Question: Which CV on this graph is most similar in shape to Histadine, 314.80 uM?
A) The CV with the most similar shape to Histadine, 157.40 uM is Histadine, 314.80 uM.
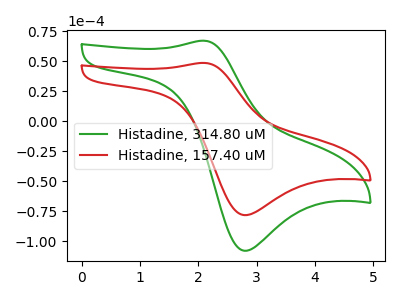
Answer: <think>The green curve "Histadine, 314.80 uM" has an anodic peak at (2.10V, 67.25uA) and a cathodic peak at (2.80V, -108.00uA). The red curve "Histadine, 157.40 uM" has an anodic peak at (2.10V, 48.75uA) and a cathodic peak at (2.80V, -78.25uA).
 All the peaks in "Histadine, 314.80 uM" have a peak in "Histadine, 157.40 uM" at the same potential. Every peak in "Histadine, 314.80 uM" is higher than every peak in "Histadine, 157.40 uM".</think>
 <answer>A) The CV with the most similar shape to "Histadine, 157.40 uM" is "Histadine, 314.80 uM".</answer>
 <eval>A</eval>